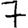
Digit: 7